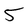
Character: 5